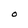
Character: O